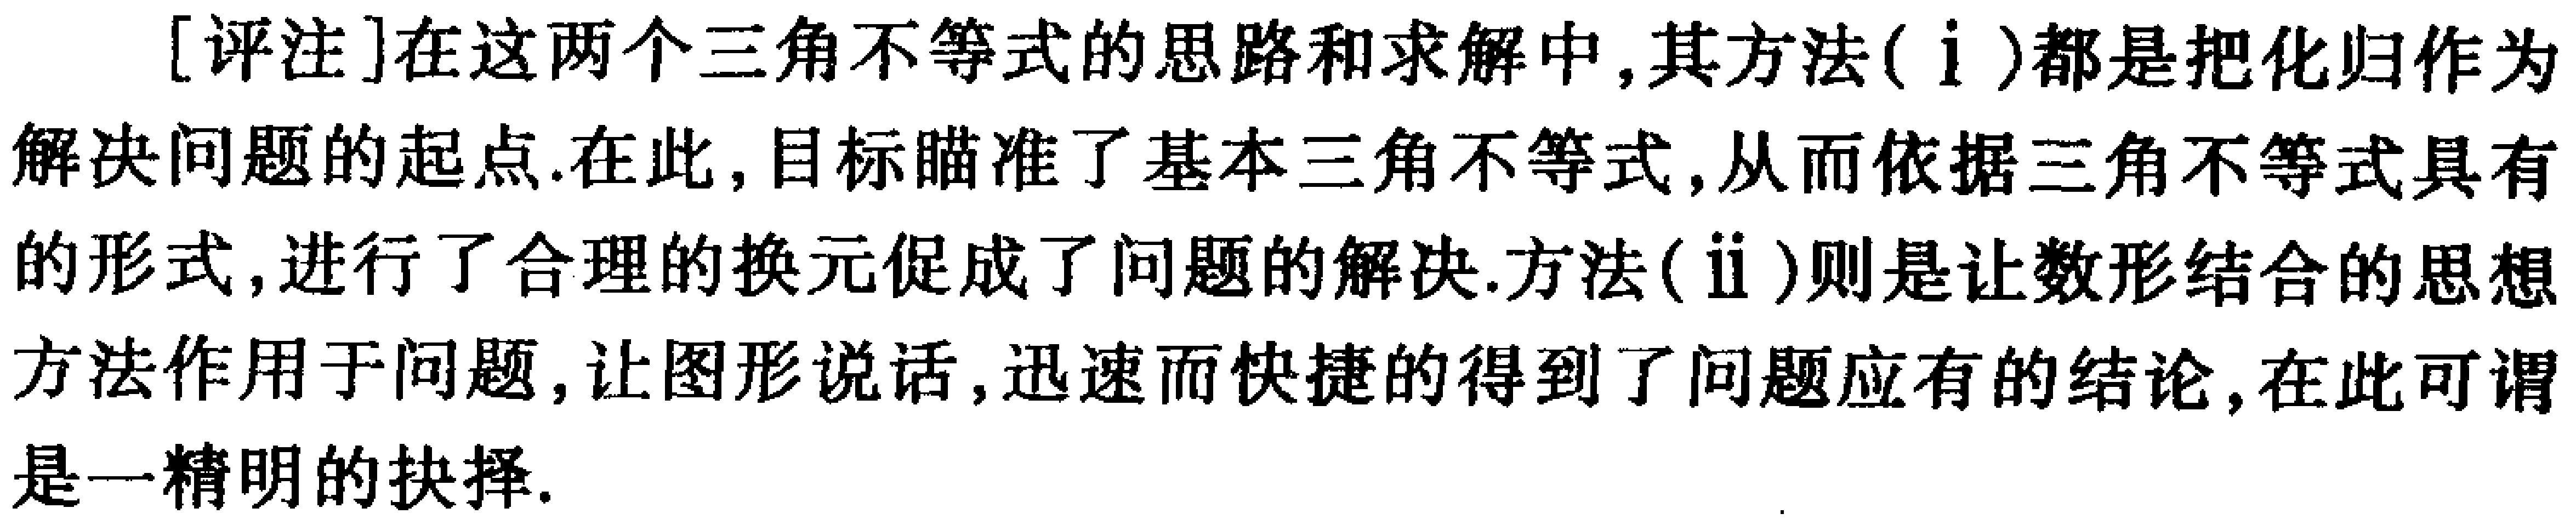
[评注]在这两个三角不等式的思路和求解中,其方法(ⅰ)都是把化归作为解决问题的起点.在此,目标瞄准了基本三角不等式,从而依据三角不等式具有的形式,进行了合理的换元促成了问题的解决.方法(ⅱ)则是让数形结合的思想方法作用于问题,让图形说话,迅速而快捷的得到了问题应有的结论,在此可谓是一精明的抉择.